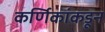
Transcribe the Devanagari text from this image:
कर्णिकांकडून